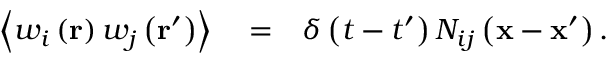
\begin{array} { r l r } { \left\langle w _ { i } \left( \mathbf { r } \right) w _ { j } \left( \mathbf { r } ^ { \prime } \right) \right\rangle } & { { } = } & { \delta \left( t - t ^ { \prime } \right) N _ { i j } \left( \mathbf { x } - \mathbf { x } ^ { \prime } \right) . } \end{array}